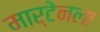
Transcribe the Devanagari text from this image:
मार्टेनला